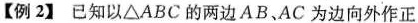
【例2】 已知以△ABC的两边AB、AC为边向外作正